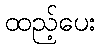
ထည့်ပေး